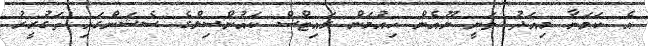
އެ ކަމަނާ މިއަދު ވަނީ ޔޫއެން ހިއުމަން ރައިޓްސް ކައުންސިލްގެ ސެޝަންގައި ތަގުރީރު